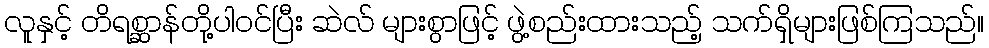
လူနှင့် တိရစ္ဆာန်တို့ပါဝင်ပြီး ဆဲလ် များစွာဖြင့် ဖွဲ့စည်းထားသည့် သက်ရှိများဖြစ်ကြသည်။